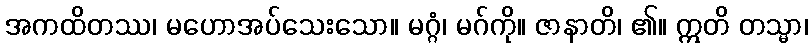
အကထိတဿ၊ မဟောအပ်သေးသော။ မဂ္ဂံ၊ မဂ်ကို။ ဇာနာတိ၊ ၏။ ဣတိ တသ္မာ၊